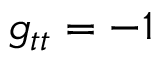
g _ { t t } = - 1